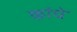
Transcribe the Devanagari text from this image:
कांधे